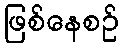
ဖြစ်နေစဉ်